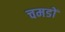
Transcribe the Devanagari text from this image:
चमडों